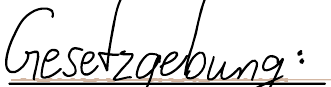
Gesetzgebung: